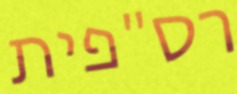
רס"פית